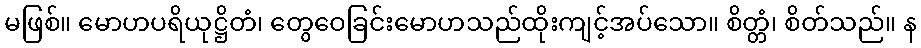
မဖြစ်။ မောဟပရိယုဋ္ဌိတံ၊ တွေဝေခြင်းမောဟသည်ထိုးကျင့်အပ်သော။ စိတ္တံ၊ စိတ်သည်။ န